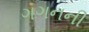
ગગનની